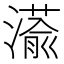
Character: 𮳘